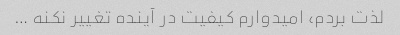
لذت بردم، امیدوارم کیفیت در آینده تغییر نکنه …